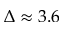
\Delta \approx 3 . 6